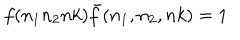
f ( n _ { 1 } n _ { 2 } n k ) { \bar { f } } ( n _ { 1 } , n _ { 2 } , n k ) = 1